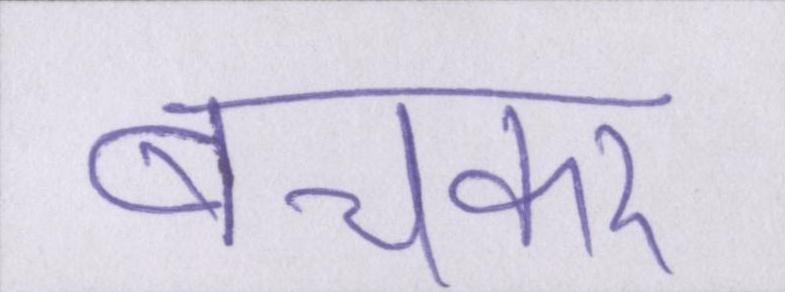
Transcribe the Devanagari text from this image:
बचकर